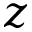
z